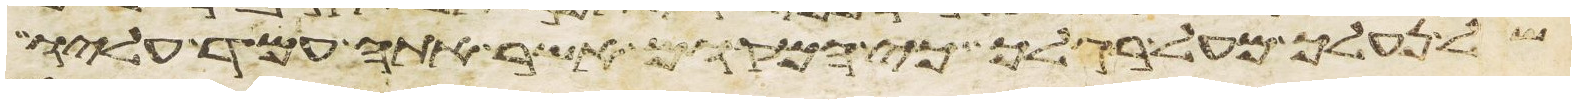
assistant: של נעליך מעל רגליך כי המקום אשר אתה עמד עליו